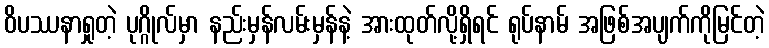
ဝိပဿနာရှုတဲ့ ပုဂ္ဂိုလ်မှာ နည်းမှန်လမ်းမှန်နဲ့ အားထုတ်လို့ရှိရင် ရုပ်နာမ် အဖြစ်အပျက်ကိုမြင်တဲ့